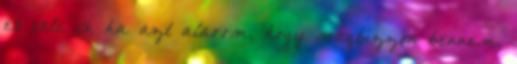
és vele is, ha azt alarom, hogy megbízzon bennem.